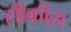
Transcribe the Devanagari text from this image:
सीकीस